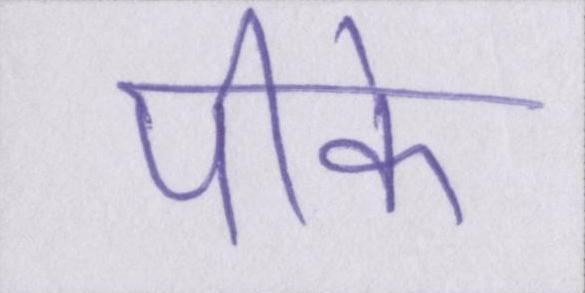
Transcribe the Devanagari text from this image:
पीके